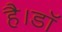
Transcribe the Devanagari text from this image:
है।डॉ